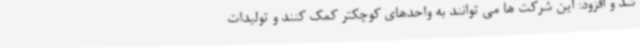
شد و افزود: این شرکت ها می توانند به واحدهای کوچکتر کمک کنند و تولیدات